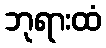
ဘုရားထံ